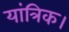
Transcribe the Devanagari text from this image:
यांत्रिक।